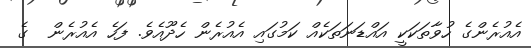
އެއުރެންގެ ހުވާތަކަކީ އައްޑަނަތަކެއް ކަމުގައި އެއުރެން ހެދޫއެވެ. ފަހެ އެއުރެން  ގެ